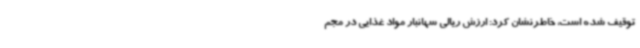
توقیف شده است، خاطرنشان کرد: ارزش ریالی سهانبار مواد غذایی در مجم